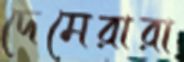
দেমেরারা